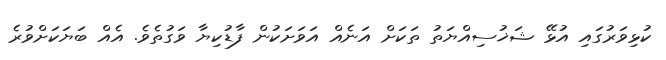
ކުޅިވަރުގައި އުޅޭ ޝަޚުސިއްޔަތު ތަކަށް އަނެއް އަވަށަކުން ފާޑުކިޔާ ވަގުތެވެ. އެއް ބަޔަކަށްވުރެ